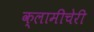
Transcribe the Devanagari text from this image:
क्‍लामीचेरी